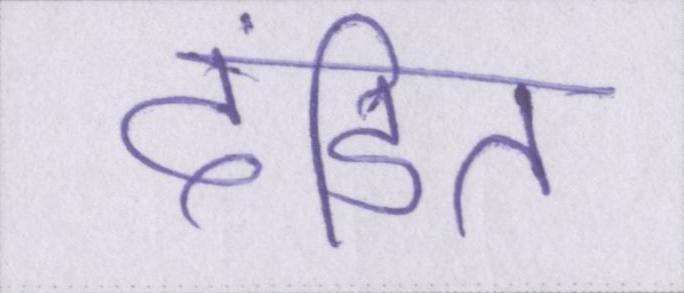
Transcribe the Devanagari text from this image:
दंडित